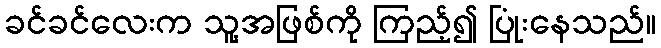
ခင်ခင်လေးက သူ့အဖြစ်ကို ကြည့်၍ ပြုံးနေသည်။